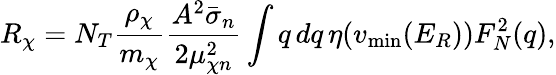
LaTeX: R_{\chi}=N_{T}\frac{\rho_{\chi}}{m_{\chi}}\frac{A^{2}\bar{\sigma}_{n}}{2\mu_{\chi n}^{2}}\int q\, dq\, \eta(v_{\mathrm{min}}(E_{R}))F_{N}^{2}(q),